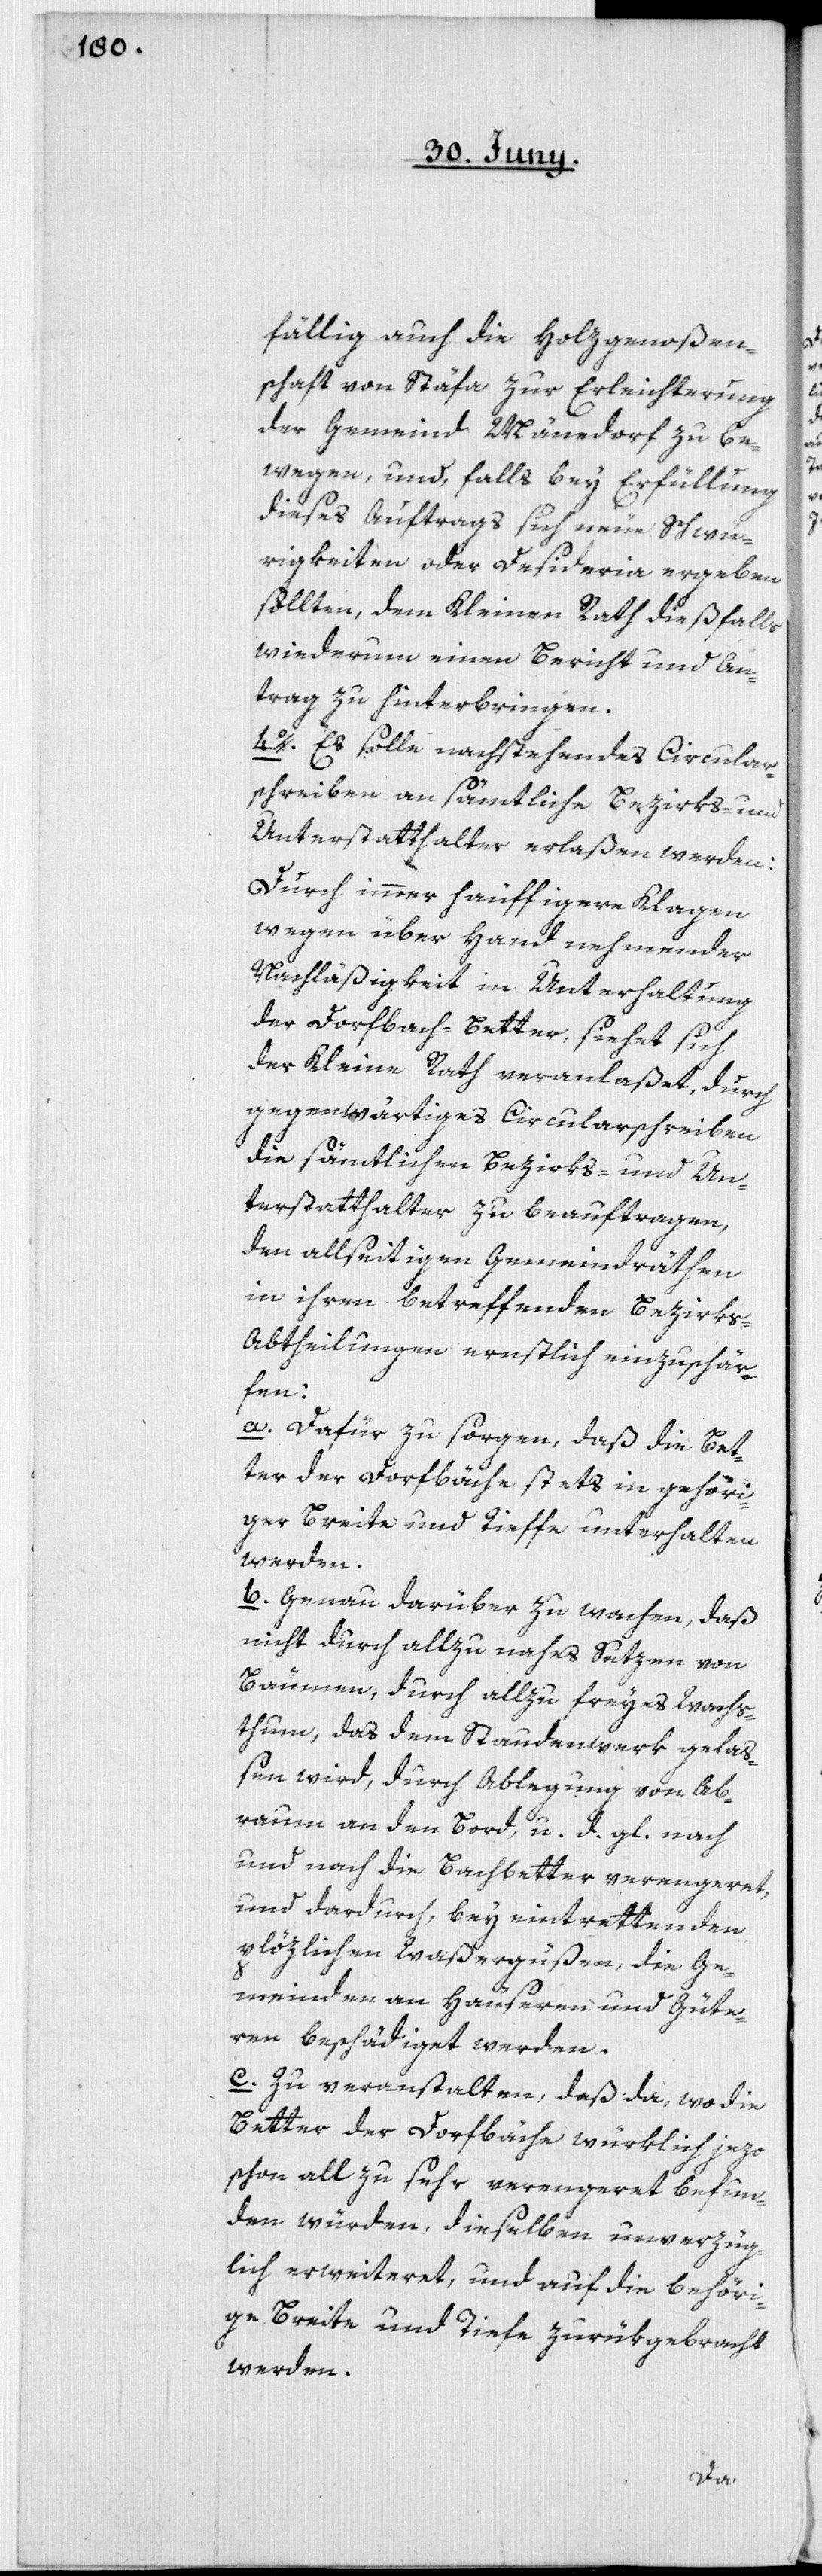
fällig auch die Holzgenoßen¬
schaft von Stäfa zur Erleichterung
der Gemeind Männedorf zu be¬
wegen, und, falls bey Erfüllung
dieses Auftrags sich neue Schwü¬
rigkeiten oder Desideria ergeben
sollten, dem Kleinen Rath dießfalls
wiederum einen Bericht und An¬
trag zu hinterbringen.
4o. Es solle nachstehendes Circular¬
schreiben an sämtliche Bezirks- und
Unterstatthalter erlaßen werden:
Durch immer häuffigere Klagen
wegen über Hand nehmender
Nachläßigkeit in Unterhaltung
der Dorfbach-Better, siehet sich
der Kleine Rath veranlaßet, durch
gegenwärtiges Circularschreiben
die sämtlichen Bezirks- und Un¬
terstatthalter zu beauftragen,
den allseitigen Gemeindräthen
in ihren betreffenden Bezirks-A¬
btheilungen ernstlich einzuschär¬
fen:
a. Dafür zu sorgen, daß die Bet¬
ter der Dorfbäche stets in gehöri¬
ger Breite und Tieffe unterhalten
werden.
b. Genau darüber zu wachen, daß
nicht durch allzu nahes Setzen von
Bäumen, durch allzu freyes Wachs¬
thum, das dem Staudenwerk gela¬
ßen wird, durch Ablegung von Ab¬
raum an den Bord, u. g. gl. nach
und nach die Bachbetter verengeret,
und dardurch, bey eintrettenden
plözlichen Waßergüßen, die Ge¬
meinden an Häuseren und Güte¬
ren beschädiget werden.
c. Zu veranstalten, daß da, wo die
Better der Dorfbäche würklich jezo
schon all zu sehr verengeret befun¬
den würden, dieselben unverzüg¬
lich erweiteret, und auf die behöri¬
ge Breite und Tiefe zurükgebracht
werden.